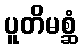
ပူတိမစ္ဆံ